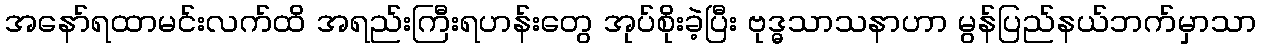
အနော်ရထာမင်းလက်ထိ အရည်းကြီးရဟန်းတွေ အုပ်စိုးခဲ့ပြီး ဗုဒ္ဓသာသနာဟာ မွန်ပြည်နယ်ဘက်မှာသာ